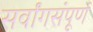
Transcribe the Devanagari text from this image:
सर्वांगसंपूर्ण